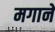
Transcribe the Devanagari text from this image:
मगाने